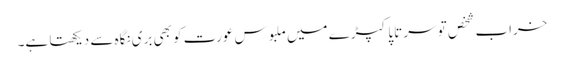
خراب شخص تو سر تاپا کپڑے میں ملبوس عورت کو بھی بری نگاہ سے دیکھتا ہے۔